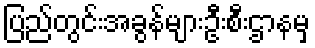
ပြည်တွင်းအခွန်များဦးစီးဌာနမှ